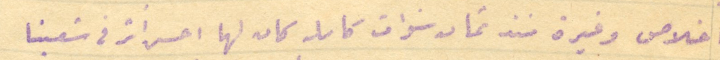
اخلاص وغيرة منذ ثمان سنوات كامله كان لها احسن أثر فى شعبنا